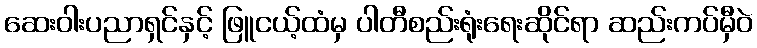
ဆေးဝါးပညာရှင်နှင့် ဖြူငယ့်ထံမှ ပါတီစည်းရုံးရေးဆိုင်ရာ ဆည်းကပ်မှီဝဲ